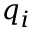
q _ { i }